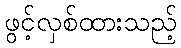
ဖွင့်လှစ်ထားသည့်